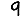
Digit: 9